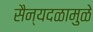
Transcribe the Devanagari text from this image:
सैन्यदळामुळे